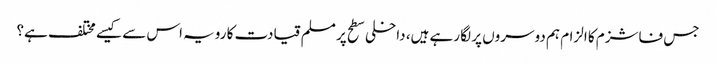
جس فاشزم کا الزام ہم دوسروں پر لگا رہے ہیں، داخلی سطح پر مسلم قیادت کا رویہ اس سے کیسے مختلف ہے؟